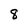
Character: 8